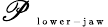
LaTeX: \mathscr P_{\mathrm{~\tiny~l~o~w~e~r~-~j~a~w~}}